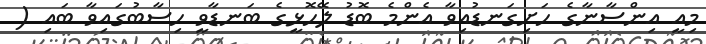
މިއީ އިންސާނާގެ ހަށިގަނޑުއިވާ އެންމެ ބޮޑު ލޭހޮޅީގެ ބަނޑާވީ ހިސާބުގައިވާ ބައި (